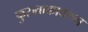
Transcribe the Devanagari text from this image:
फुरुताकावरुन